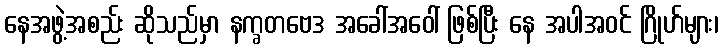
နေအဖွဲ့အစည်း ဆိုသည်မှာ နက္ခတဗေဒ အခေါ်အဝေါ် ဖြစ်ပြီး နေ အပါအဝင် ဂြိုဟ်များ၊